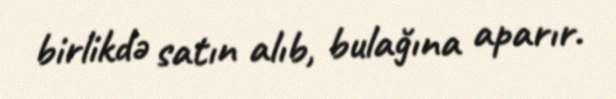
birlikdə satın alıb, bulağına aparır.